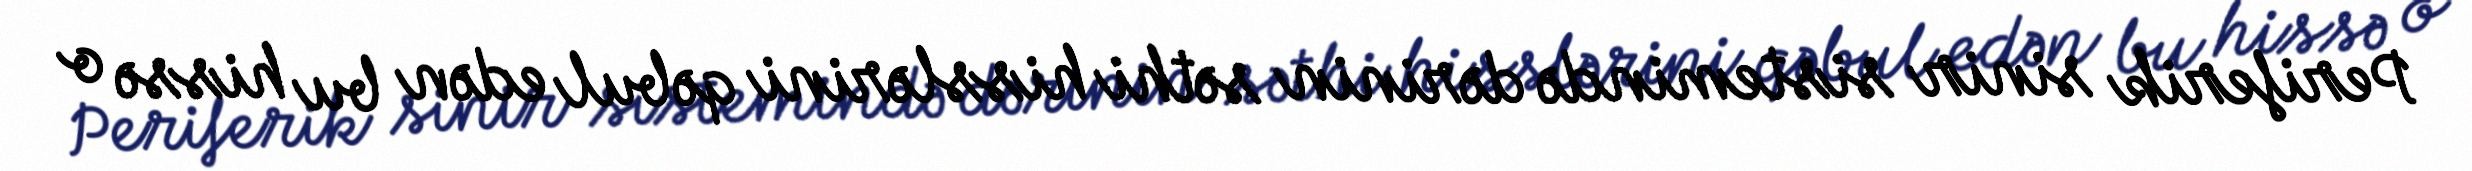
Periferik sinir sistemində dərinin səthi hisslərini qəbul edən bu hissə o